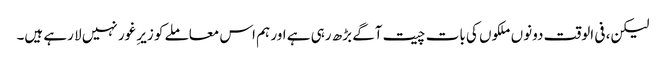
لیکن، فی الوقت دونوں ملکوں کی بات چیت آگے بڑھ رہی ہے اور ہم اس معاملے کو زیرِ غور نہیں لا رہے ہیں۔